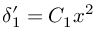
\delta _ { 1 } ^ { \prime } = C _ { 1 } x ^ { 2 }